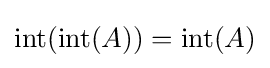
\operatorname {int} (\operatorname {int} (A))=\operatorname {int} (A)